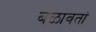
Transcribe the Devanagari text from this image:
बळावतां